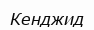
Кенджид